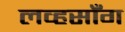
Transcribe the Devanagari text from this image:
लव्हसाँग